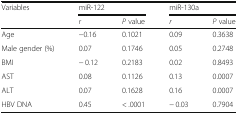
| <ROWSPAN=2> Variables | <COLSPAN=2> miR-122 | <COLSPAN=2> miR-130a |
 | r | P value | r | P value |
 | --- | --- | --- | --- | --- |
 | Age | −0.16 | 0.1021 | 0.09 | 0.3638 |
 | Male gender (%) | 0.07 | 0.1746 | 0.05 | 0.2748 |
 | BMI | − 0.12 | 0.2183 | 0.02 | 0.8493 |
 | AST | 0.08 | 0.1126 | 0.13 | 0.0007 |
 | ALT | 0.07 | 0.1628 | 0.16 | 0.0007 |
 | HBV DNA | 0.45 | < .0001 | − 0.03 | 0.7904 |